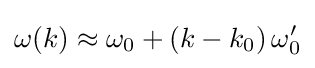
\omega (k)\approx \omega _{0}+\left(k-k_{0}\right)\omega '_{0}